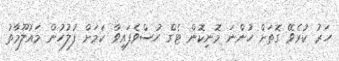
ހަރު ކުރެވޭ ގޮތަށް ހުންނަ މޮނިކޮން ޓެގް ހުސްވެފައިވާ ކަމަށް ފުލުހުން މައުލޫމާތު